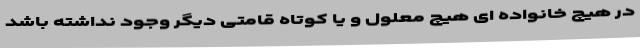
در هیچ خانواده ای هیچ معلول و یا کوتاه قامتی دیگر وجود نداشته باشد